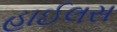
હાઈલસ